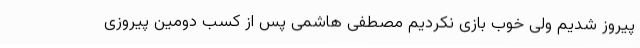
پیروز شدیم ولی خوب بازی نکردیم مصطفی هاشمی پس از کسب دومین پیروزی